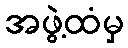
အဖွဲ့ထံမှ